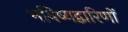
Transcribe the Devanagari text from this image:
भविष्यद्वारिणों